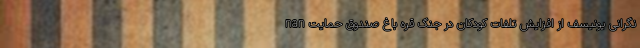
nan نگرانی یونیسف از افزایش تلفات کودکان در جنگ قره باغ صندوق حمایت